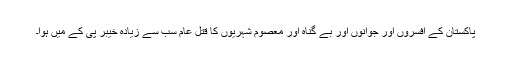
پاکستان کے افسروں اور جوانوں اور بے گناہ اور معصوم شہریوں کا قتلِ عام سب سے زیادہ خیبر پی کے میں ہُوا۔